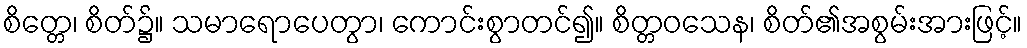
စိတ္တေ၊ စိတ်၌။ သမာရောပေတွာ၊ ကောင်းစွာတင်၍။ စိတ္တဝသေန၊ စိတ်၏အစွမ်းအားဖြင့်။